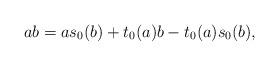
LaTeX: \begin{align*}ab = a s_0(b) + t_0(a) b - t_0(a) s_0(b),\end{align*}